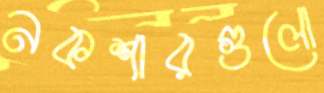
নকশারগুলো